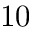
1 0